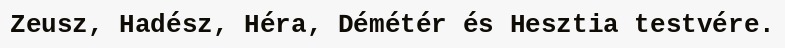
Zeusz, Hadész, Héra, Démétér és Hesztia testvére.